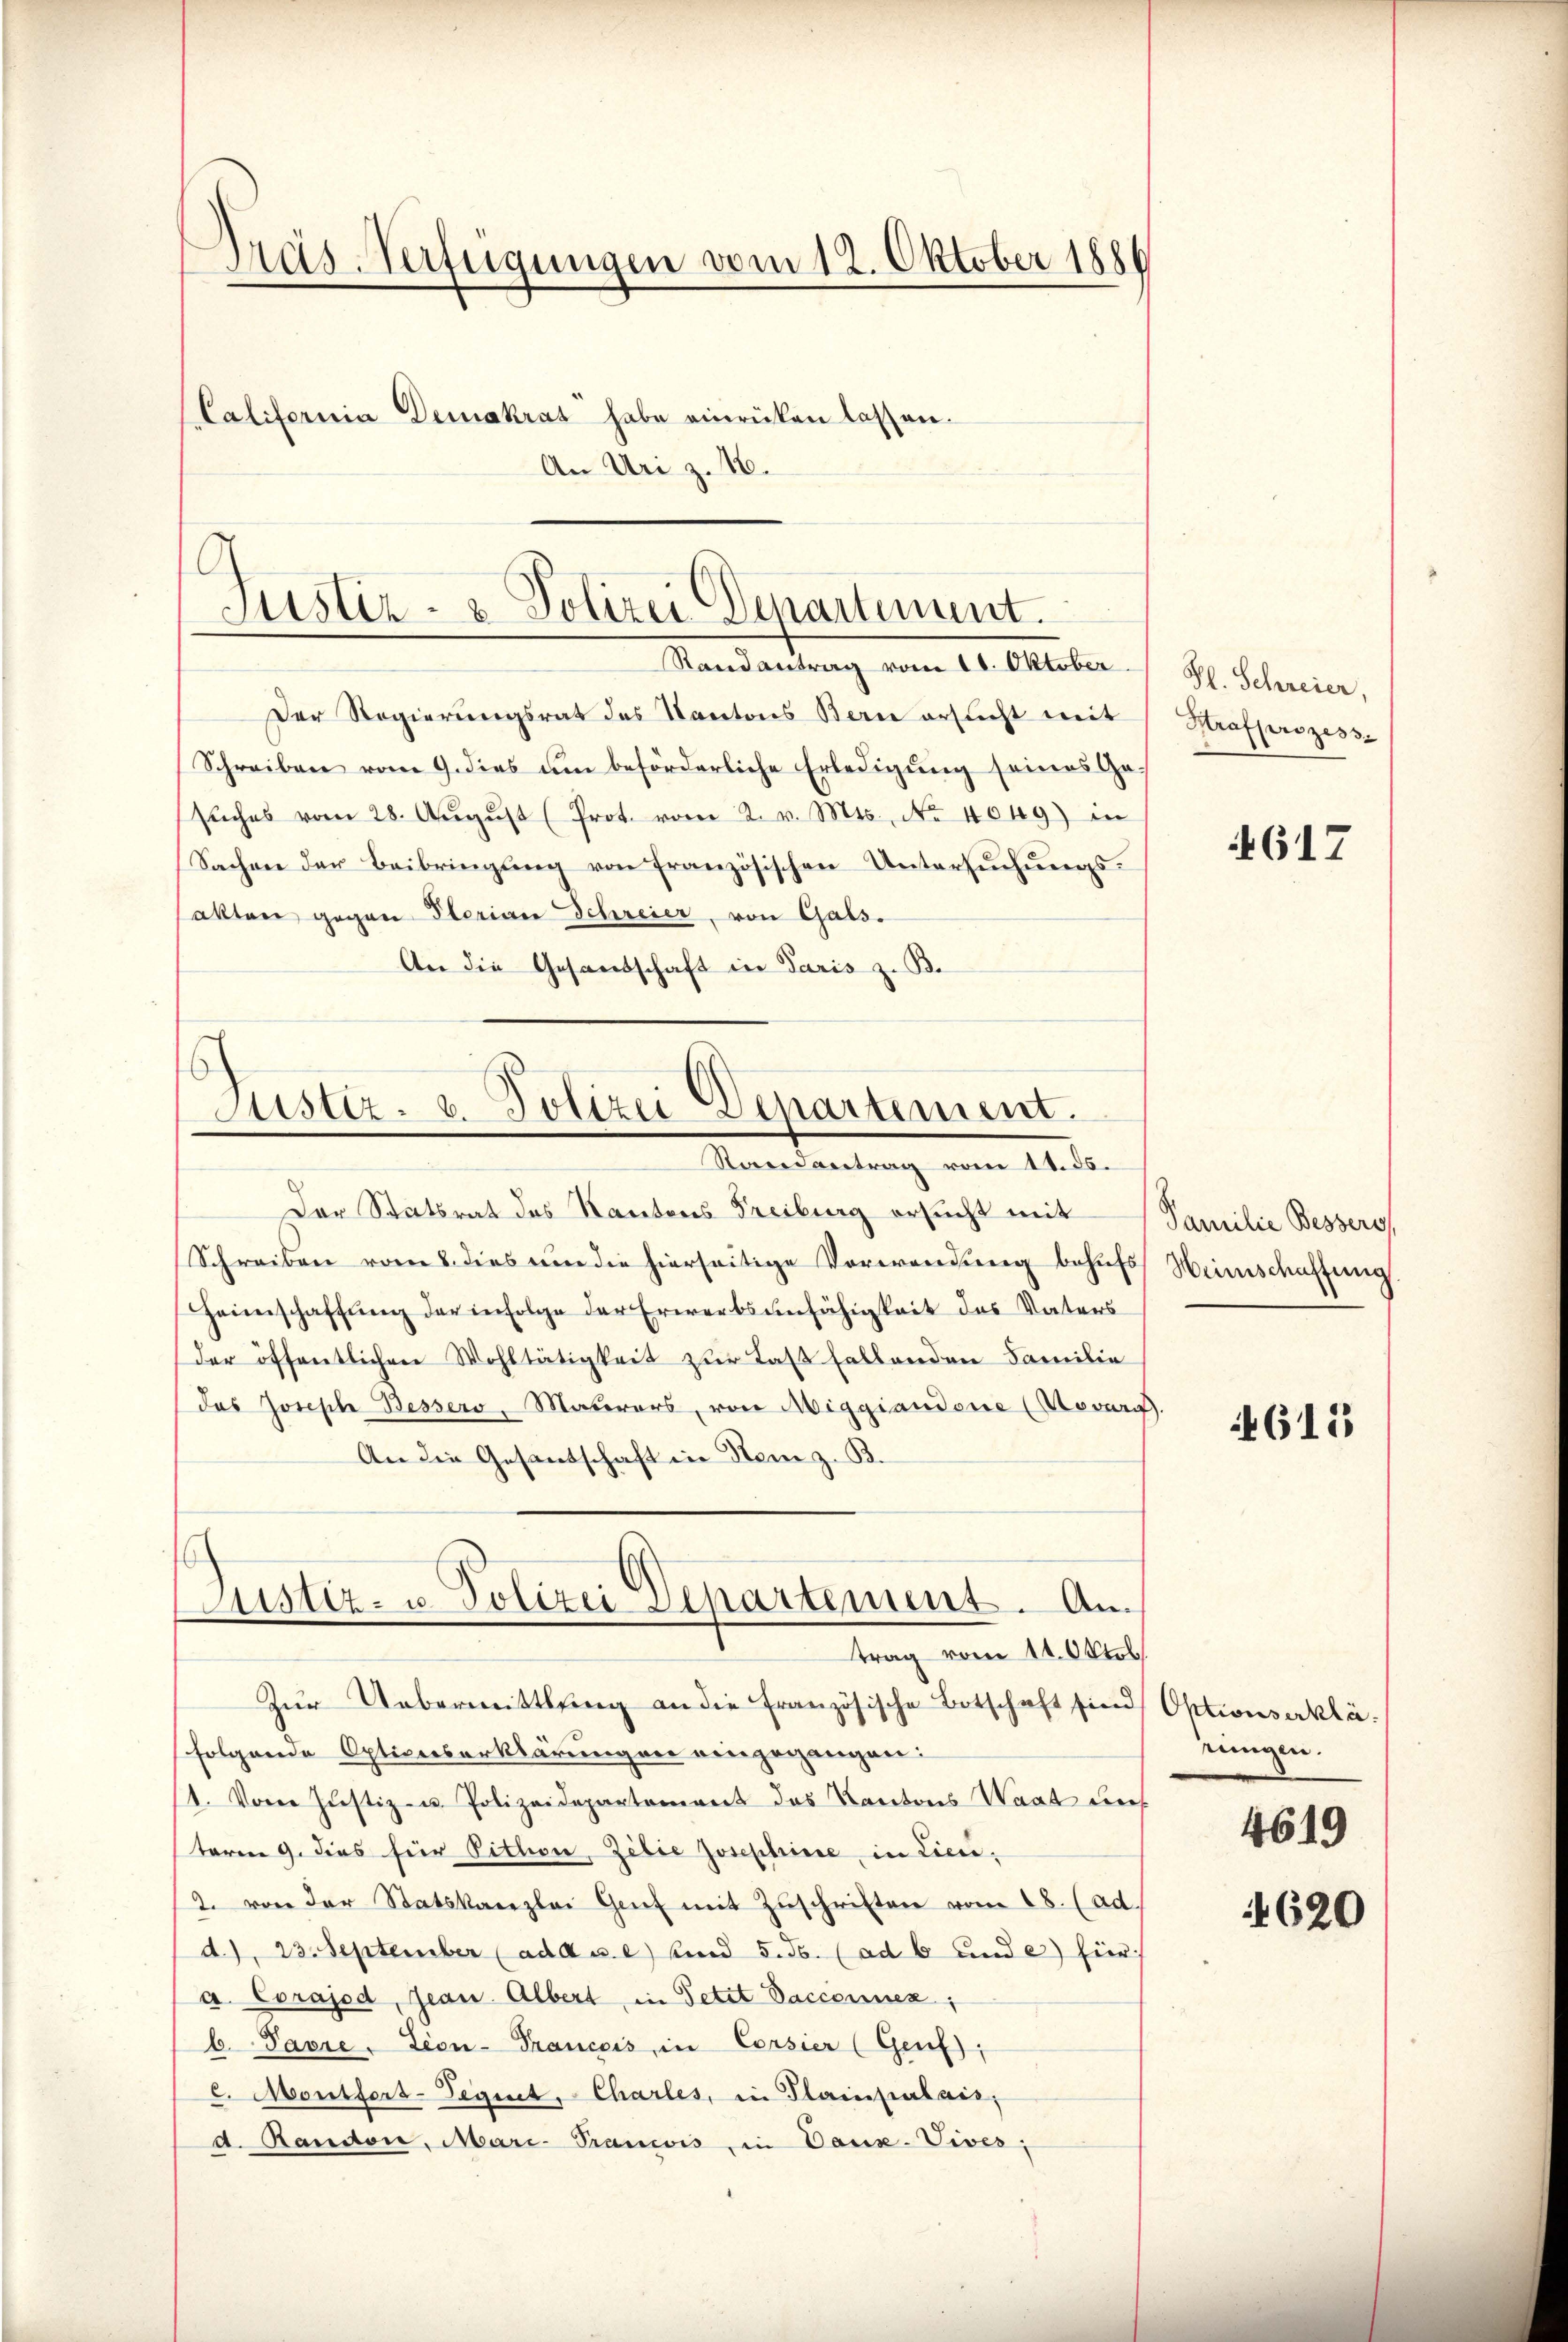
Pras-Verfügungen vom 12. Oktober 1886
California Demokrat habe einrücken lassen.
An Uri z. 16.

G
Justiz- & Polizei Departement.
Randantrag vom 11. Oktober.

Der Regierungsrat des Kantons Bern ersucht mit
Schreiben vom 9. dies um beförderliche Erledigung seines Ge-
sŭches vom 28. Aŭgŭst (Prot. vom 2. v. Mts., No 4049) in
Sachen der Beibringung von Französischen Untersuchungsakten gegen Sterian Schreier, von Gals.
An die Gesandschaft in Paris z. B.

6
Justiz- u. Polizei Departement.
Randantrag vom 18. ds.

Der Statsrat des Kantons Treiburg ersucht mit Familie Bessers,
Schreiben vom 8. dies um die hierseitige Verwendung behufs Heinschaffung
Heimschaffung der infolge der Erwerbsunfähigkeit des Vaters
der öffentlichen Wohltätigkeit zur Last fallenden Familie
das Josephe Bessers, Materars, von Miggiandone (Novurg.
An die Gesandschaft in Stem z. B.
Zŭr Uebermittlung an die Französische Botschaft sind Optionserkläfolgende Optionserklärungen eingegangen:
1. Vorer Justiz- u. Polizeidepartement das Kantons Waat def
teren 9. dies für Pitten, Zilie Josephine, in Lieu¬
2. von der Statskanzlei Genf mit Zŭschriften vom 18. (ad.
d.), 23. September (add u. e) und 5. Js. (ad 6 Linde hier
a. Corajod, Jean. Albert, in Petit Vaccennen;
b. Pavre, Lion-Trancois in Corsier (Genf;
c. Montfert-Segnet, Charles, in Plainpalais,
d. Randon, Mari-Prancois in Daux-Vives;

Justiz- u Polizei Departement. Antrag vom 11. Oktob.

Pl. Schreier,
Strafprozess-

617

615

einigen.
4619

4620